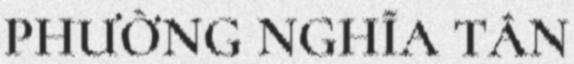
PHƯỜNG NGHĨA TÂN